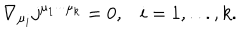
\nabla _ { \mu _ { i } } j ^ { \mu _ { 1 } \cdot \cdot \cdot \mu _ { k } } = 0 , i = 1 , . . . , k .